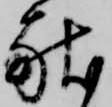
献